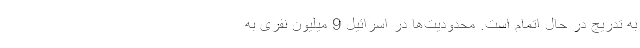
به تدریج در حال اتمام است. محدودیت‌ها در اسرائیلِ 9 میلیون نفری به